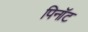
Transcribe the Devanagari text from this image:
पिनॉट